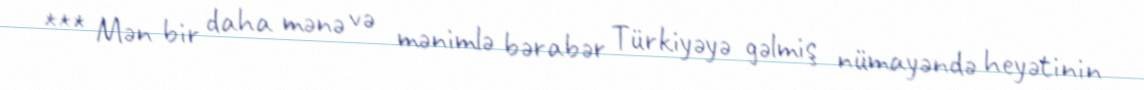
*** Mən bir daha mənə və mənimlə bərabər Türkiyəyə gəlmiş nümayəndə heyətinin